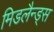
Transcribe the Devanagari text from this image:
मिडलैन्ड्स